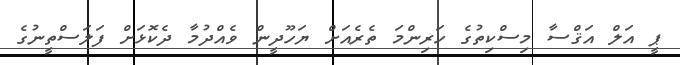
ޕީ އަލް އަޤްސާ މިސްކިތުގެ ހަރިންމަ ތެރެއަށް ޔަހޫދީން ވެއްދުމާ ދެކޮޅަށް ފަލަސްތީނުގެ